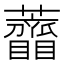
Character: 𧅠